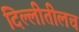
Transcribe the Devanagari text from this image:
दिल्लीतीलच